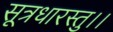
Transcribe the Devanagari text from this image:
सूत्रधारस्तु।।